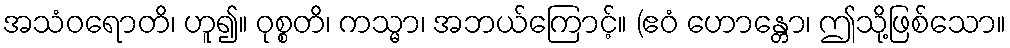
အသံဝရောတိ၊ ဟူ၍။ ဝုစ္စတိ၊ ကသ္မာ၊ အဘယ်ကြောင့်။ (ဧဝံ ဟောန္တော၊ ဤသို့ဖြစ်သော။